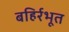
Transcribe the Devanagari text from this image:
बहिर्रभूत